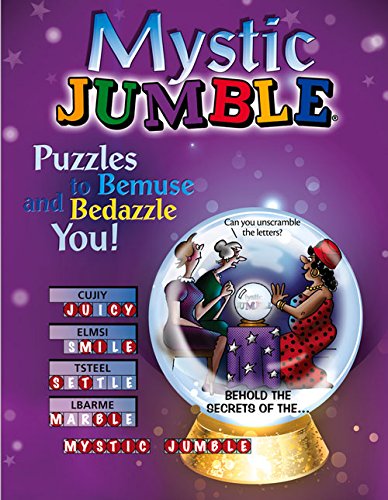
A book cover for Mystic JumbleÂ®: Puzzles to Bemuse and Bedazzle You! (JumblesÂ®); Tribune Content Agency LLC; Humor & Entertainment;